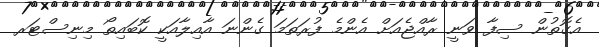
އެގޮތުން ސިފާ ވަނީ ރާއްޖެއަށް އެންމެ ފުރަތަމަ ގެންނަ އާއިލާއަކީ ކޮބައިތޯ މިނިސްޓަރ